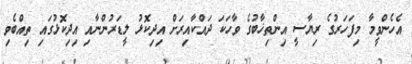
އެހެންވީމާ މިފަހަރުގެ ރިޔާސީ އިންތިޚާބުގެ ވާހަކަ ދައްކާއިރަށް އިދިކޮޅު ލީޑަރުންނާއި އިދިކޮޅުގައި ތިއްބެވި